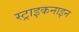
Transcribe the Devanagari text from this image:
स्ट्राइकनाइन